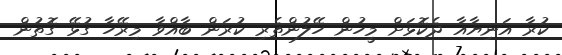
ކުރާ އަނިޔާއާ ދެކޮޅަށް މީހުން ހޭލުންތެރި ކުރަން ބާއްވާ މިރޭހާ ގުޅޭ ގޮތުން